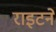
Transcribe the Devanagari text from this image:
राइटने